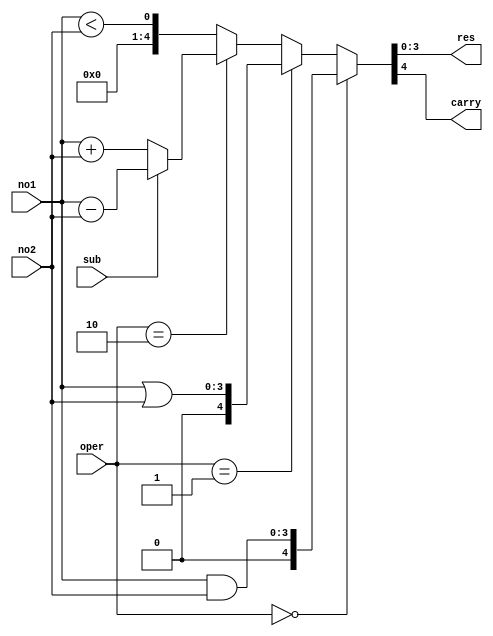
module new4b
(
	input[3:0]no1,
	input[3:0]no2,
	input sub,
	input[1:0]oper,
	output[3:0]res,
	output carry
);

	assign{carry,res}=(oper==0)?(no1&no2):(oper==1)?(no1|no2):(oper==2)?((sub==0)?(no1+no2):(no1-no2)):(no1<no2);
endmodule	


module pc 
(
	input clk,rst,
	output reg [3:0]out
);
	always @(posedge clk)
	begin
	if (rst == 1)
		out <= 0;
	else
		out <= out + 1;
	end
endmodule

module reg_file(
		input [1:0]read_reg1,read_reg2,
		input [1:0]write_reg,
		input [3:0]write_data,
		input rw,
		input rst,clk,
			
		output reg [3:0]data_out1,data_out2);
reg [3:0]register[3:0];
always@(posedge clk)
begin
	if(rst)
	begin
		register[0]<=2;
		register[1]<=3;
		register[2]<=4;
		register[3]<=5;
	end
	else
	begin
		if(rw==0)
		begin
			register[write_reg]<=write_data;
		end
		else
		begin
			data_out1<=register[read_reg1];
			data_out2<=register[read_reg2];
		end
	end
end
endmodule

module datapath
(
	input clk,rst,rw,
	input [1:0]opcode,
	input binv,
	input [15:0]instruction,
	output [3:0]data_address,
	output [3:0]address
);
	wire [3:0]w1,w2,w3;
	wire w4;
	assign w4=0;
	pc obj (clk,rst,address);
	reg_file obj1 (instruction[1:0],instruction[3:2],instruction[5:4],data_address,rw,rst,clk,w1,w2);
	new4b obj2 (w1,w2,binv,opcode,data_address,w4);
endmodule

module test_dp ();

	reg clk,rst,rw;
	reg [1:0]opcode;
	reg binv;
	reg [15:0]instruction;
	wire [3:0]data_address;
	wire [3:0]address;
	
datapath obj (clk,rst,rw,opcode,binv,instruction,data_address,address);
always
#3 clk =	~clk;

initial begin
rst=1; clk=0;
#3 rst =0;
#10 instruction=0;	opcode=0; binv=0;rw=1;
#10 instruction=1;rw=1;
#10 opcode=1;
#10 opcode=2;
#10 opcode=3;
end
endmodule